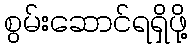
စွမ်းဆောင်ရရှိဖို့